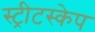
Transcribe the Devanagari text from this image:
स्ट्रीटस्केप